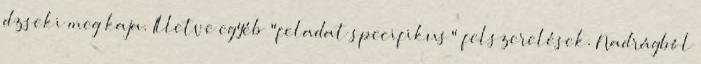
dzseki meg kaja. Illetve egyéb "feladat specifikus" felszerelések. Nadrágból